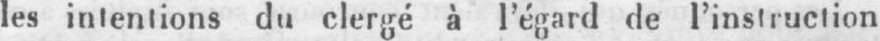
les intentions du clergé à l’égard de l’instruction